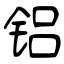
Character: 铝